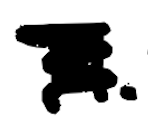
Text: H.
Cross-out: scratch
Writing tool: digital_black